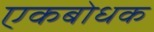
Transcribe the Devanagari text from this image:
एकबोधक